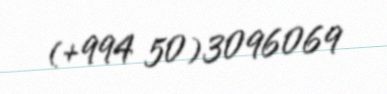
(+994 50)3096069